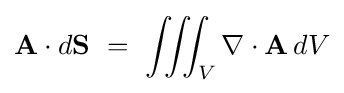
\mathbf {A} \cdot d\mathbf {S} \ =\ \iiint _{V}\nabla \cdot \mathbf {A} \,dV